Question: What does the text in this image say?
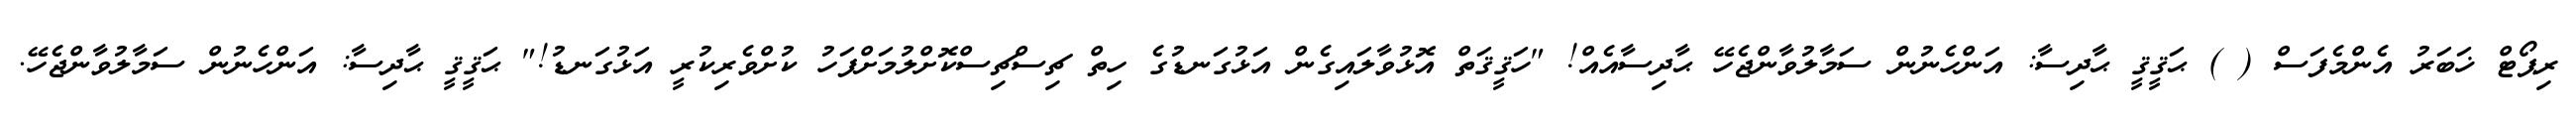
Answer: ރިޕޯޓް ޚަބަރު އެންމެފަސް ( ) ޙަޤީޤީ ޙާދިސާ: އަންހެނުން ސަމާލުވާންޖެހޭ ޙާދިސާއެއް! "ހަޤީޤަތް އޮޅުވާލައިގެން އަޅުގަނޑުގެ ހިތް ޗިސްޗިސްކޮށްލުމަށްފަހު ކުށްވެރިކުރީ އަޅުގަނޑު!" ޙަޤީޤީ ޙާދިސާ: އަންހެނުން ސަމާލުވާންޖެހޭ.